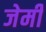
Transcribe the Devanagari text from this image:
जेर्मी